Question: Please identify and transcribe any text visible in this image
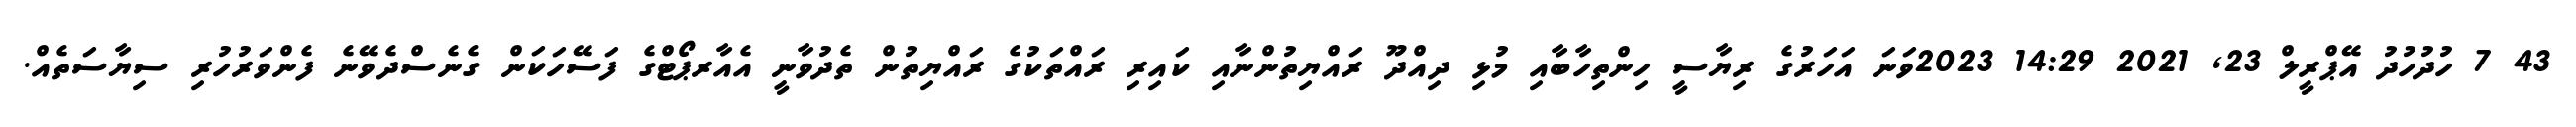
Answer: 43 7 ހުދުހުދު އޭޕްރީލް 23, 2021 14:29 2023ވަނަ އަހަރުގެ ރިޔާސީ ހިންތިހާބާއި މުޅި ދިއްދޫ ރައްޔިތުންނާއި ކައިރި ރައްތަކުގެ ރައްޔިތުން ތެދުވާނީ އެއާރޕޯޓްގެ ފަސޭހަކަން ގެނެސްދެވޭނެ ފެންވަރުހުރި ސިޔާސަތެއް.